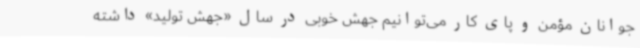
جوانان مؤمن و پای کار می‌توانیم جهش خوبی در سال «جهش تولید» داشته